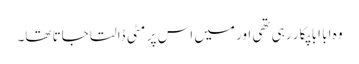
وہ ابا ابا پکا ر رہی تھی اور میں اس پر مٹی ڈالتا جاتا تھا۔